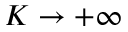
K \rightarrow + \infty